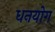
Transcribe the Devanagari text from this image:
धनयोग